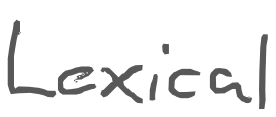
Text: Lexical
Cross-out: clean
Writing tool: digital_gray